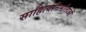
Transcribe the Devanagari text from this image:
साहित्यनिर्माताओं